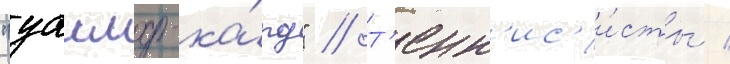
"уаилд-ка́рд" // Т'енн'ис'и́сты /